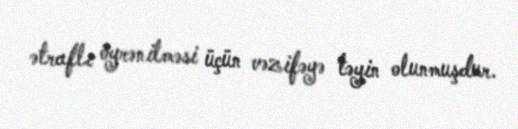
ətraflı öyrənilməsi üçün vəzifəyə təyin olunmuşdur.